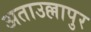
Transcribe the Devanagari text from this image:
अताउल्लापुर